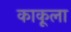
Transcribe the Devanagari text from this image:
काकूला